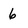
Character: 6